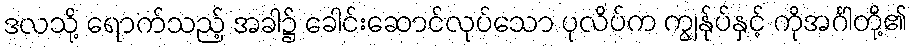
ဒလသို့ ရောက်သည့် အခါ၌ ခေါင်းဆောင်လုပ်သော ပုလိပ်က ကျွန်ုပ်နှင့် ကိုအင်္ဂါတို့၏